Annual statistical returns and brief notes on vaccination in Bengal - 1887-1898
Year: 1887
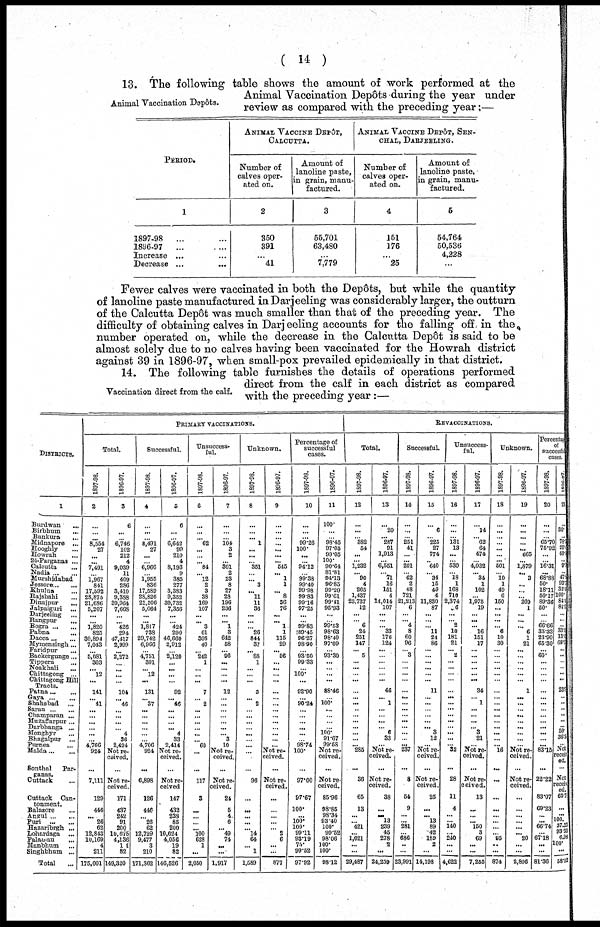
( 14 )
Animal Vaccination Depôts.
13. The following table shows the amount of work performed at the
Animal Vaccination Depôts during the year under
review as compared with the preceding year;—
PERIOD.
1
1897-98
... ...
1896-97
... ...
Increase ... ...
Decrease ...
...
ANIMAL VACCINE DEPÔT,
CALCUTTA.
Number of
calves oper-
ated on.
2
350
391
...
41
Amount of
lanoline paste,
in grain, manu-
factured.
3
55,701
63,480
...
7,779
ANIMAL VACCINE DEPÔT, SEN¬
CHAL, DARJEELING.
Number of
calves oper-
ated on.
4
151
176
...
25
Amount of
lanoline paste,
in grain, manu-
factured.
5
54,764
50,536
4,228
...
Fewer calves were vaccinated in both the Depôts, but while the quantity
of lanoline paste manufactured in Darjeeling was considerably larger, the outturn
of the Calcutta Depôt was much smaller than that of the preceding year. The
difficulty of obtaining calves in Darjeeling accounts for the falling off in the
number operated on, while the decrease in the Calcutta Depôt is said to be
almost solely due to no calves having been vaccinated for the Howrah district
against 39 in 1896-97, when small-pox prevailed epidemically in that district.
Vaccination direct from the calf.
14. The following table furnishes the details of operations performed
direct from the calf in each district as compared
with the preceding year:—
DISTRICTS.
1
Burdwan
...
Birbhum
...
Bankura ...
Midnapore ...
Hooghly ...
Howrah ...
24-Parganas ...
Calcutta
...
Nadia ... ...
Murshidabad
Jessore ... ...
Khulna ...
Rajshahi ...
Dinajpur
...
Jalpaiguri ...
Darjeeling
...
Rangpur
...
Bogra ... ...
Pabna ...
Dacca...
...
Mymensingh...
Faridpur ...
Backergunge...
Tippera ...
Noakhali ...
Chittagong ...
Chittagong Hill
Tracts.
Patna ... ...
Gaya
...
...
Shahabad ...
Saran ...
...
Champaran ...
Muzaffarpur ...
Darbhanga ...
Monghyr ...
Bhagalpur ...
Purnea ...
Malda ... ...
Sonthal
Par-
ganas.
Cuttack ...
Cuttack
Can-
tonment.
Balasore ...
Angul...
...
Puri
...
...
Hazaribrgh ...
Lohardaga ...
Palamau
...
Manbhum ...
Singhbhum ...
Total ...
PRIMARY VACCINATIONS.
Total.
1897-98.
2
...
...
... 8,554
27
... ...
7,401
... 1,967
841
17,592
28,875
21,686
5,207
...
...
1,820
825
30,894
7,043
...
5,081
303
... 12
...
141
... 41
...
...
...
...
... ...
4,766
924
...
7,111
129
446
... 26
62
12,843
10,169
4
211
175,001
1896-97.
3
6
...
... 6,746
102
212
4
9,039
11
409
286
3,410
9,388
39,964
7,668
...
...
426
294
47,417
2,999
...
2,272
...
...
...
...
104
... 46
...
...
... ...
4
36
2,424
Not re-
ceived.
...
Not re-
ceived.
171
437
242
91
200
10,675
4,136
109
82
149,320
Successful.
1897-98.
4
...
...
... 8,491
27
...
... 6,966
... 1,955
836
17,589
28,826
21,506
5,064
...
...
1,817
738
29,742
6,966
...
4,751
301
... 12
...
131
... 37
...
...
... ...
...
...
4,706
924
...
6,898
126
446
... 26
62
12,729
9,477
3
210
171,362
1896-97.
5
6
...
... 6,642
99
210
4
8,193
9
385
277
3,383
9,352
39,732
7,356
...
...
424
290
46,660
2,912
...
2,120
...
...
...
...
92
... 46
...
...
... ...
4
33
2,414
Not re¬
ceived.
...
Not re-
ceived
147
432
238
85
200
10,624
4,056
19
82
146,526
Unsuccess-
ful.
1897-98.
6
...
...
... 62
...
...
... 84
... 12
2
3
38
169
107
...
...
3
61
308
40
...
242
1
...
...
...
7
... 2
...
...
... ...
...
...
60
...
...
117
3
...
...
...
... 100
628
1
...
2,050
1896-97.
7
...
...
... 104
3
2
...
301
2
23
8
27
28
196
236
...
... 1
3
642
58
... 96
...
...
...
...
12
...
...
...
...
... ...
...
3
10
Not re-
ceived.
...
Not re-
-ived.
24
5
4
6
... 49
74
...
...
1,917
Unknown.
1897-98.
8
...
...
... 1
...
... ... 351
... ... 3
... 11
11
36
...
...
...
26
844
37
...
88
1
...
...
...
3
... 2
...
...
...
...
...
...
...
...
...
96
...
...
...
...
... 14
64
... 1
1,589
1896-97.
9
...
...
... ...
...
... ... 545
... 1
1
... 8
36
76
...
...
1
1
115
29
...
56
...
...
...
...
...
...
...
...
...
...
...
...
...
...
Not re-
ceived.
...
Not re-
ceived.
...
...
...
...
... 2
6
...
...
877
Percentage of
successful
cases.
1897-98.
10
...
...
... 99.26
100.
...
... 94.12
... 99.38
99.40
99.98
99.83
99.16
97.25
...
...
99.83
89.45
96.27
98.90
...
98.50
99.33
... 100.
...
92.90
...
90.24
...
...
...
...
...
...
98.74
100.
...
97.00
97.67
100.
...
100.
100.
99.11
93.19
75.
99.52
97.92
1896-97.
11
100.
...
... 98.45
97.05
99.05
100.
90.64
81.81
94.13
96.85
99.20
99.61
99.41
95.93
...
...
99.53
98.63
98.40
97.09
...
93.30
...
... ...
...
88.46
... 100.
...
...
... ...
100.
91.67
99.58
Not re-
ceived.
...
Not re-
ceived.
85.96
98.85
98.34
93.40
100.
99.52
98.06
100.
100.
98.12
REVACCINATIONS.
Total.
1897-98.
12
...
...
... 382
54
...
...
1,232
... 90
4
265
1,437
23,737
12
...
... 6
24
251
147
...
5
...
...
...
...
...
...
... ...
...
...
...
...
...
... 285
...
36
65
13
...
... 421
...
1,021
...
...
29,487
1896-97.
13
...
20
... 287
91
1,913
...
6,551
... 71
16
151
4
14,014
107
...
...
... 33
176
124
... ...
... ...
...
...
46
... 1
...
...
...
... 6
33
...
Not re-
ceived.
...
Not re-
ceived.
38
...
... 13
239
45
278
2
...
24,259
Successful.
1897-98.
14
...
...
... 251
41
...
...
201
... 62
2
48
721
21,213
6
...
... 4
8
60
96
...
3
... ...
...
...
...
...
...
...
...
...
...
...
...
...
237
...
8
54
9
...
...
281
... 686
...
...
23,991
1896-97.
15
... 6
... 225
27
774
... 640
... 34
15
49
4
11,830
87
...
...
... 11
24
86
... ...
...
...
...
...
11
...
...
...
...
...
... 3
12
...
Not re-
ceived.
...
Not re-
ceived.
25
...
... 13
89
42
180
2
...
14,198
Unsuccess
ful.
1897-98.
16
...
...
... 131
13
...
... 530
... 18
1
168
710
2,374
6
...
...
2
10
181
21
... 2
... ...
...
...
...
...
...
...
... ...
...
...
...
... 32
...
28
11
4
...
... 140
...
240
...
...
4,622
1896-97.
17
...
14
... 62
64
474
... 4,032
... 34
1
102
... 1,975
19
...
...
... 16
151
17
...
...
... ...
...
...
34
... 1
...
...
...
... 3
21
...
Not re-
ceived.
...
Not re-
ceived.
13
...
...
... 150
3
69
...
...
7,255
Unknown.
1897-98.
18
...
...
...
...
...
...
...
501
... 10
1
49
6
150
...
...
...
... 6
10
30
...
...
... ...
...
...
...
...
...
...
...
...
...
...
...
... 16
...
...
...
...
...
...
...
... 95
...
...
874
1896-97.
19
...
... ...
... ... 665
... 1,879
... 3
...
...
... 209
1
...
...
... 6
1
21
... ...
... ...
...
...
1
...
...
...
...
...
...
...
...
...
Not re-
ceived.
...
Not re-
ceived.
...
...
...
...
...
... 20
...
...
2,806
Percentage
of
successful
cases.
1897-98.
20
...
...
... 65.70
75.92
...
... 16.31
...
68.88
50.
18.11
50.17
89.36
50.
...
...
66.66
33.33
23.90
65.30
...
60.
...
...
...
...
...
...
...
...
...
...
...
...
...
...
83.15
...
22.22
83.07
69.23
...
...
66.74
... 67.18
...
...
81.36
1896-97.
21
...
30.
... 78.5
29.6
40.2
...
9.7
...
47. 8
93.7
32.4
100.
84.4 81.3
...
...
...
33.3
13.6
69. 3
...
...
...
...
...
...
23.9
...
...
...
...
...
...
50.
36.3
...
Not
receiv¬
ed.
...
Not
receiv¬
ed.
65.7
...
...
100.
37.23
93.33
6.98
100.
...
58.52